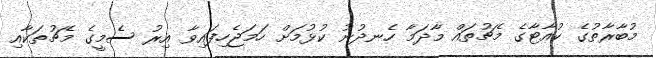
މުބާރާތުގެ ކުއާޓާގެ މެޗުތައް މާދަމާ ހެނދުނު ކުޅުމަށް ހަމަޖެހިފައިވާ އިރު ސެމީގެ މެޗުތަކާއި